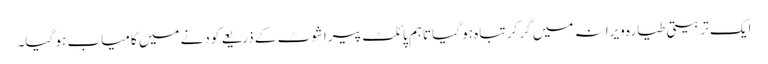
ایک تربیتی طیارہ ویرانہ میں گر کر تباہ ہو گیا تاہم پائلٹ پیراشوٹ کے ذریعے کودنے میں کامیاب ہو گیا۔